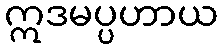
ဣဒမပ္ပဟာယ